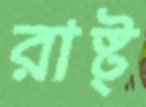
রাষ্ট্